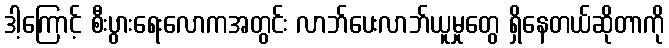
ဒါ့ကြောင့် စီးပွားရေးလောကအတွင်း လာဘ်ပေးလာဘ်ယူမှုတွေ ရှိနေတယ်ဆိုတာကို